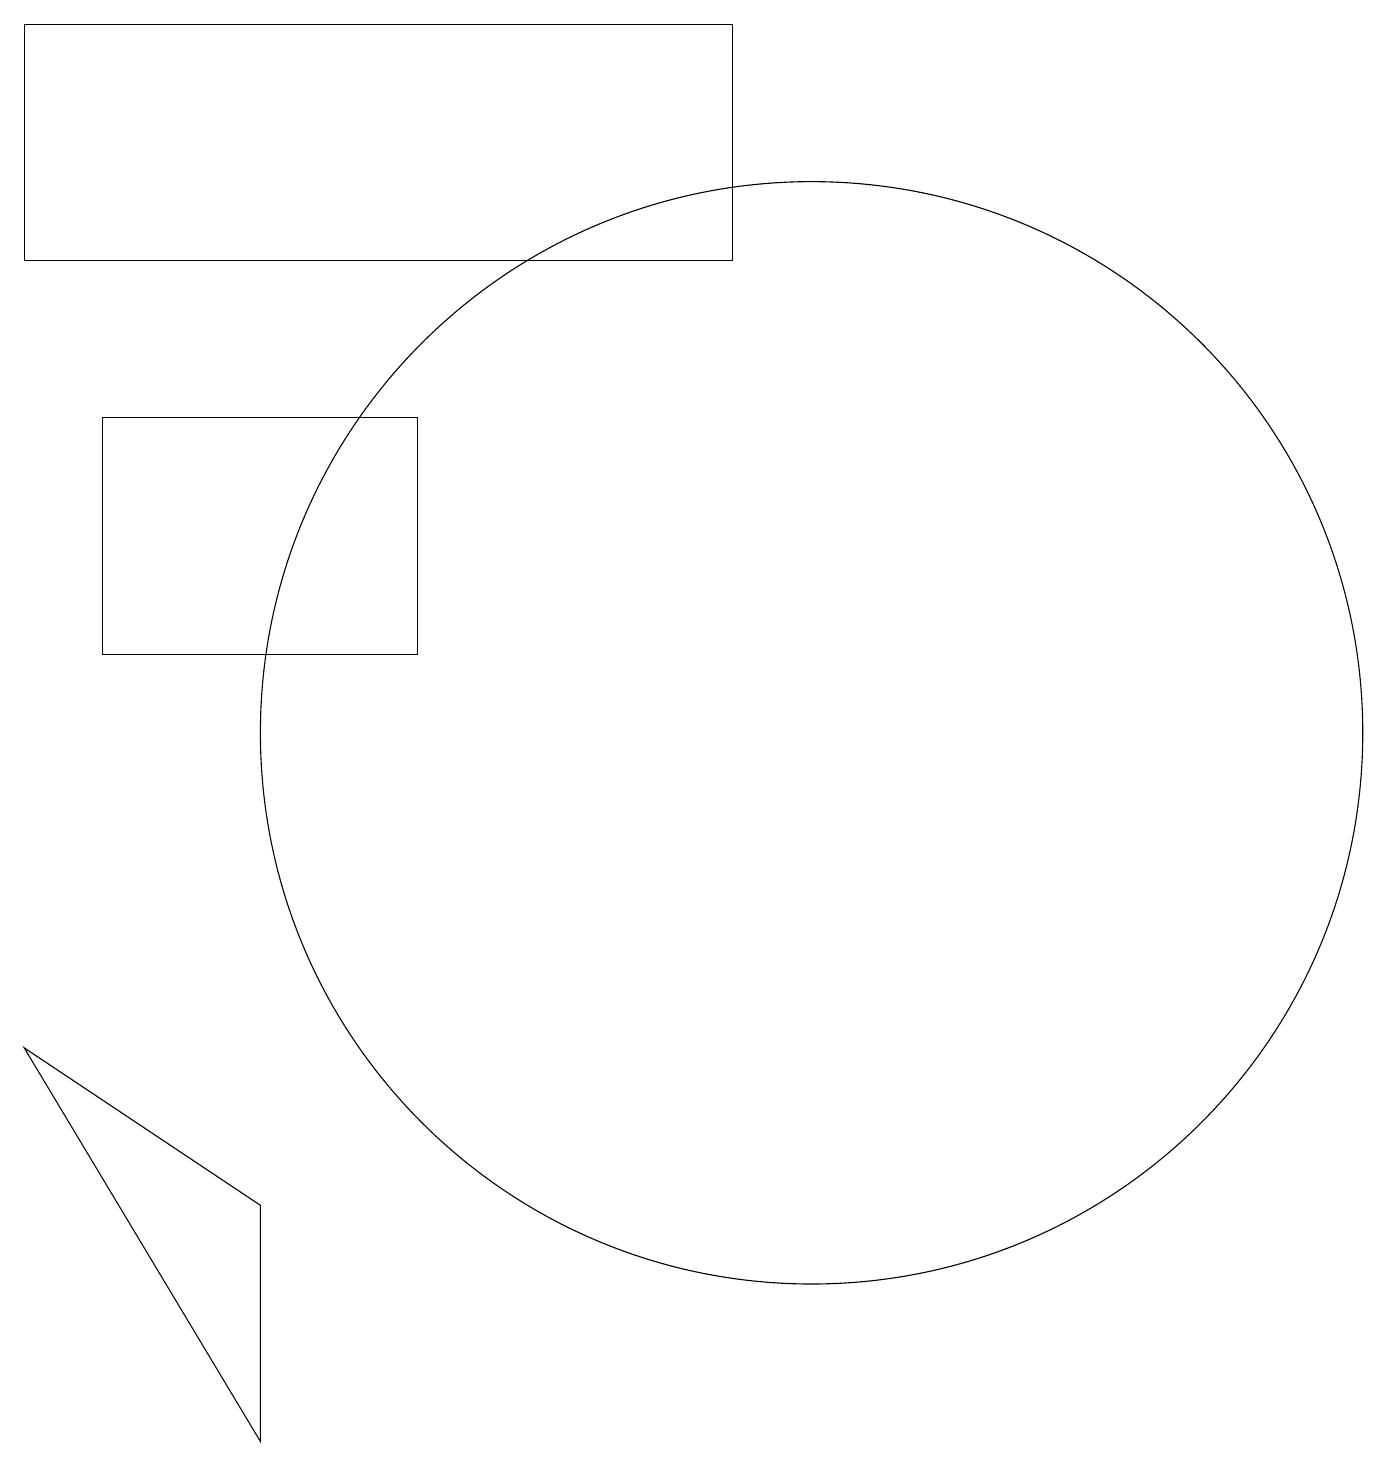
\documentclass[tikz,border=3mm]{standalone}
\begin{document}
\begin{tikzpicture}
\draw (10,10) circle (7);
\draw (0,6) -- (3,1) -- (3,4) -- cycle;
\draw (5,11) rectangle (1,14);
\draw (0,16) rectangle (9,19);
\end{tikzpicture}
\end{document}